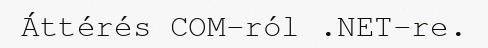
Áttérés COM-ról .NET-re.